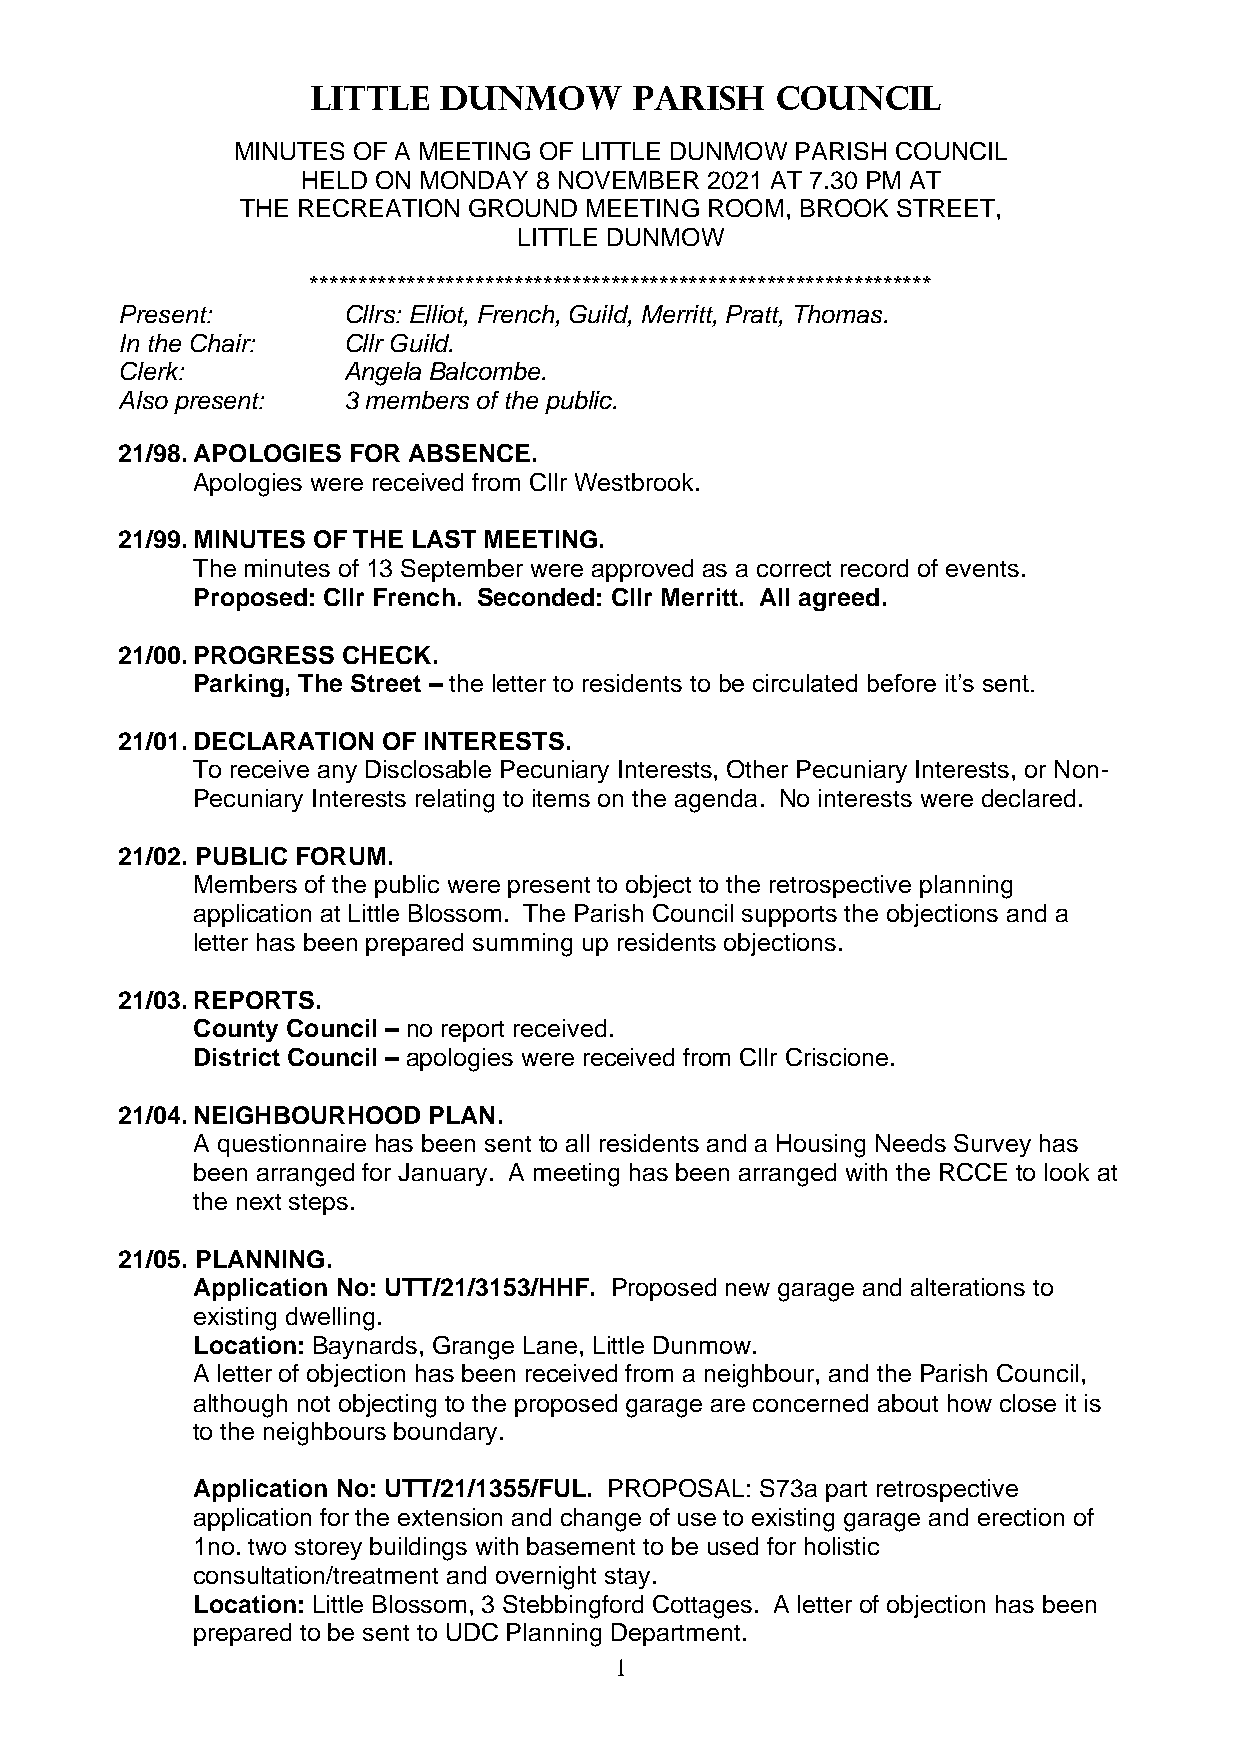
LITTLE  DUNMOW       PARISH   COUNCIL
 MINUTES OF A MEETING OF LITTLE DUNMOW PARISH COUNCIL
 HELD ON MONDAY 8 NOVEMBER  2021 AT 7.30 PM AT
 THE RECREATION GROUND  MEETING ROOM, BROOK STREET,
 LITTLE DUNMOW
 ****************************************************************
 Present:       Cllrs: Elliot, French, Guild, Merritt, Pratt, Thomas.
 In the Chair:  Cllr Guild.
 Clerk:         Angela Balcombe.
 Also present:  3 members of the public.
 21/98. APOLOGIES FOR ABSENCE.
 Apologies were received from Cllr Westbrook.
 21/99. MINUTES OF THE LAST MEETING.
 The minutes of 13 September were approved as a correct record of events.
 Proposed: Cllr French. Seconded: Cllr Merritt. All agreed.
 21/00. PROGRESS CHECK.
 Parking, The Street – the letter to residents to be circulated before it’s sent.
 21/01. DECLARATION OF INTERESTS.
 To receive any Disclosable Pecuniary Interests, Other Pecuniary Interests, or Non-
 Pecuniary Interests relating to items on the agenda. No interests were declared.
 21/02. PUBLIC FORUM.
 Members of the public were present to object to the retrospective planning
 application at Little Blossom. The Parish Council supports the objections and a
 letter has been prepared summing up residents objections.
 21/03. REPORTS.
 County Council – no report received.
 District Council – apologies were received from Cllr Criscione.
 21/04. NEIGHBOURHOOD PLAN.
 A questionnaire has been sent to all residents and a Housing Needs Survey has
 been arranged for January. A meeting has been arranged with the RCCE to look at
 the next steps.
 21/05. PLANNING.
 Application No: UTT/21/3153/HHF. Proposed new garage and alterations to
 existing dwelling.
 Location: Baynards, Grange Lane, Little Dunmow.
 A letter of objection has been received from a neighbour, and the Parish Council,
 although not objecting to the proposed garage are concerned about how close it is
 to the neighbours boundary.
 Application No: UTT/21/1355/FUL. PROPOSAL: S73a part retrospective
 application for the extension and change of use to existing garage and erection of
 1no. two storey buildings with basement to be used for holistic
 consultation/treatment and overnight stay.
 Location: Little Blossom, 3 Stebbingford Cottages. A letter of objection has been
 prepared to be sent to UDC Planning Department.
 1